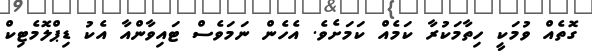
ގޮތެއް ވުމަކީ ހިތާމަކުރާ ކަމެއް ކަމަށެވެ. އެހެން ނަމަވެސް ޓައިވާންއާ އެކު ޑިޕްލޮމެޓިކް